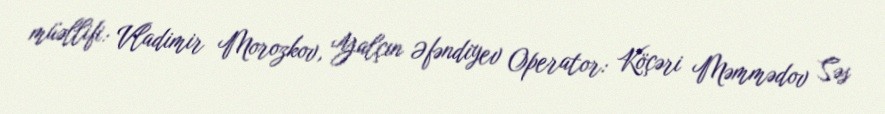
müəllifi: Vladimir Morozkov, Yalçın Əfəndiyev Operator: Köçəri Məmmədov Səs